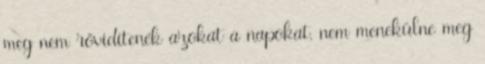
meg nem rövidítenék azokat a napokat, nem menekülne meg